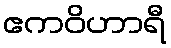
ဧကဝိဟာရီ